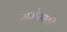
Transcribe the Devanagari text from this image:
मजेसाठी